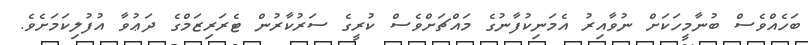
ބަހެއްވެސް ބުނާމީހަކަށް ނުވާއިރު އެމަނިކުފާނުގެ މައްޗަށްވެސް ކުރީގެ ސަރުކާރުން ޓެރަރިޒަމްގެ ދަޢުވާ އުފުލިކަމަށެވެ.